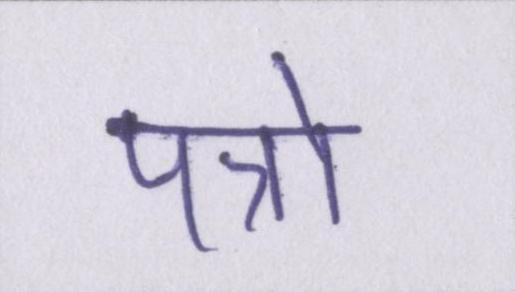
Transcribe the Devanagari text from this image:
पत्रो